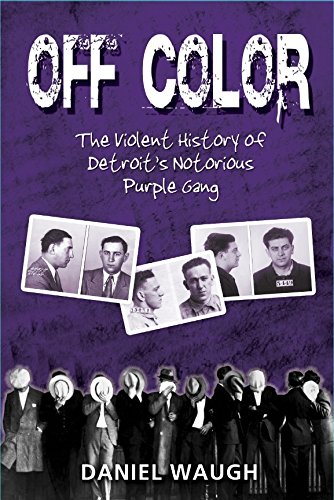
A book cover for Off Color: The Violent History of Detroit's Notorious Purple Gang; Daniel Waugh; Biographies & Memoirs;